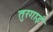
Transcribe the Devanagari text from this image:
तुरगाई